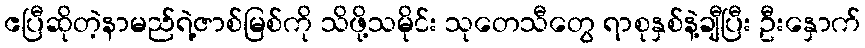
ဧပြီဆိုတဲ့နာမည်ရဲ့ဇာစ်မြစ်ကို သိဖို့သမိုင်း သုတေသီတွေ ရာစုနှစ်နဲ့ချီပြီး ဦးနှောက်